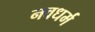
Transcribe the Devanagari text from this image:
नवधर्म